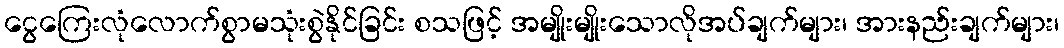
ငွေကြေးလုံလောက်စွာမသုံးစွဲနိုင်ခြင်း စသဖြင့် အမျိုးမျိုးသောလိုအပ်ချက်များ၊ အားနည်းချက်များ၊